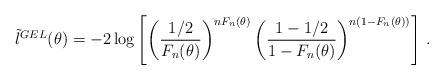
LaTeX: \begin{align*}\tilde{l}^{GEL}(\theta)= - 2 \log \left[\left(\frac{1/2}{F_n(\theta)}\right)^{nF_n(\theta)}\left(\frac{1-1/2}{1-F_n(\theta)}\right)^{n\left(1-F_n(\theta)\right)}\right] \,.\end{align*}